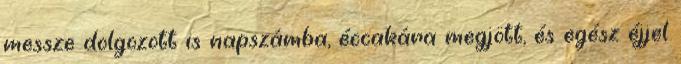
messze dolgozott is napszámba, éccakára megjött, és egész éjjel